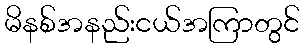
မိနစ်အနည်းငယ်အကြာတွင်